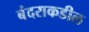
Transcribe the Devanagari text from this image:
बंदराकडील